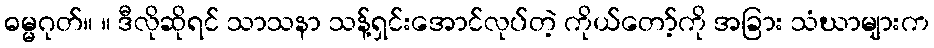
ဓမ္မဂုတ်။ ။ ဒီလိုဆိုရင် သာသနာ သန့်ရှင်းအောင်လုပ်တဲ့ ကိုယ်တော့်ကို အခြား သံဃာများက